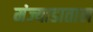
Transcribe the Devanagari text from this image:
मंज्याडाताल